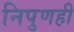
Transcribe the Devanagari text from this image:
निपुणही